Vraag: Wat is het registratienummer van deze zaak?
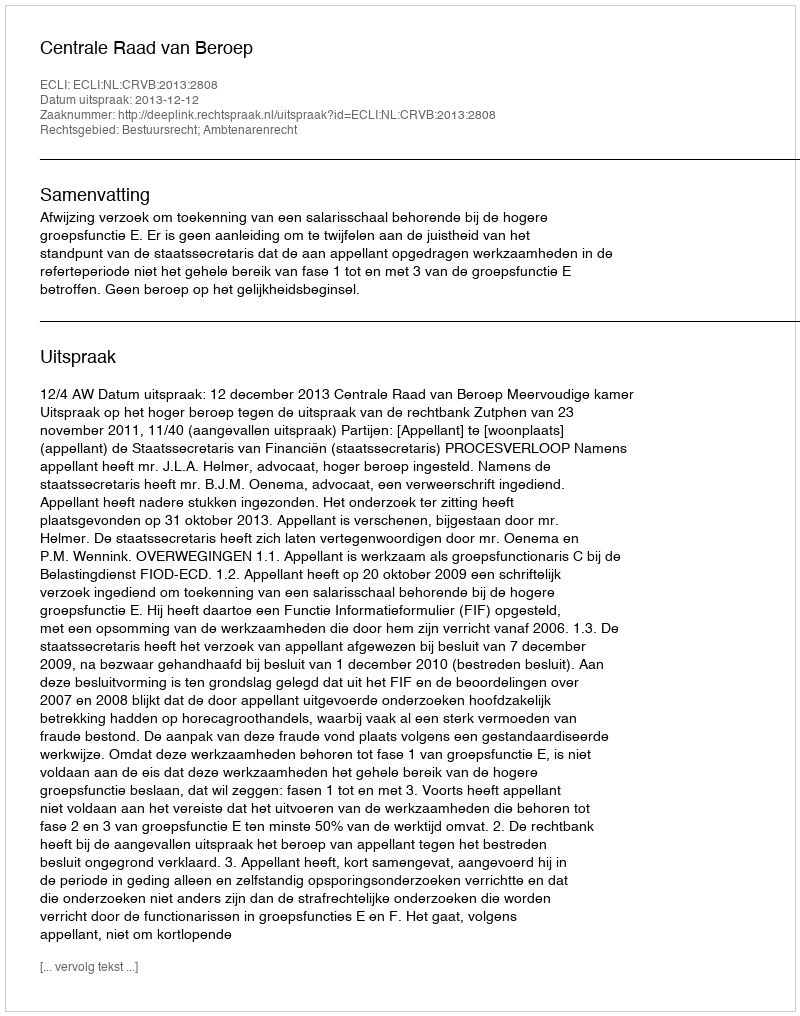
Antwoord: http://deeplink.rechtspraak.nl/uitspraak?id=ECLI:NL:CRVB:2013:2808